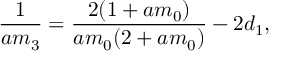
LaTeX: \frac { 1 } { a m _ { 3 } } = \frac { 2 ( 1 + a m _ { 0 } ) } { a m _ { 0 } ( 2 + a m _ { 0 } ) } - 2 d _ { 1 } ,